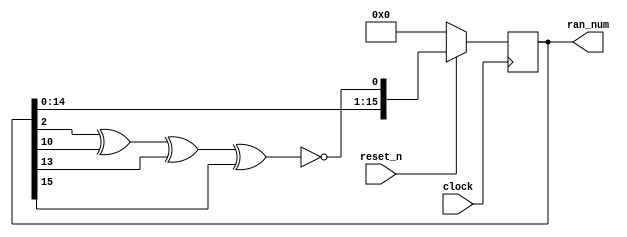
module LFSR_random_number(clock, reset_n, ran_num);
	output reg [15:0] ran_num;
	input clock, reset_n;
	
	wire feedback;
	
	assign feedback = !(ran_num[2] ^ ran_num[10] ^ ran_num[13] ^ ran_num[15]);
	
	always @(posedge clock)
	begin
		if (!reset_n)
			ran_num <= 15'd0;
		else
		begin
			ran_num <= {ran_num[14],
						ran_num[13],
						ran_num[12],
						ran_num[11],
						ran_num[10],
						ran_num[9],
						ran_num[8],
						ran_num[7],
						ran_num[6],
						ran_num[5],
						ran_num[4],
						ran_num[3],
						ran_num[2],
						ran_num[1],
						ran_num[0],
						feedback};
		end
	
	end
endmodule